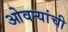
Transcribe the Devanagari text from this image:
ओवऱ्यांची